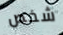
شخص